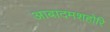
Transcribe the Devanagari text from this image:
आबादमशहोरि